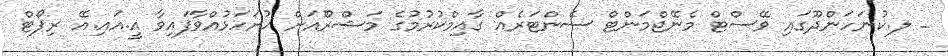
_ ލ.ކުނަހަންދޫގައި ވޭސްޓް މެނޭޖްމަންޓް ސެންޓަރެއް ގާއިމްކުރުމުގެ މަޝްރޫެއަށް ހުށަހަޅުއްވާފައިވާ އީ.އައި.އޭ ރިޕޯޓް